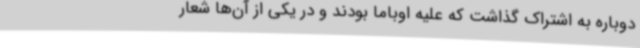
دوباره به اشتراک گذاشت که علیه اوباما بودند و در یکی از آن‌ها شعار